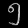
Digit: ၅